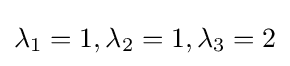
\lambda _{1}=1,\lambda _{2}=1,\lambda _{3}=2